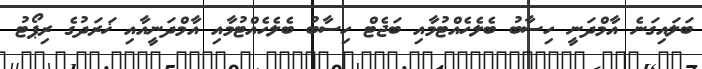
ބަލައިގަނެ އާމްދަނީ ހިސާބު ބެލެހެއްޓުމާއި ބަޖެޓް ހިސާބު ބެލެހެއްޓުމާއި އާމްދަނީއާއި ޚަރަދުގެ ރިޕޯޓު